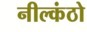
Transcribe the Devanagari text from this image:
नील्कंठो